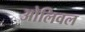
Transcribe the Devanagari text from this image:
ओलिवल